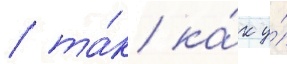
/ та́к ка́к у́